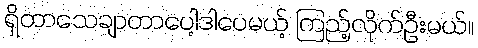
ရှိတာသေချာတာပေါ့ဒါပေမယ့် ကြည့်လိုက်ဦးမယ်။